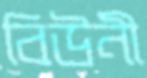
বিউনী